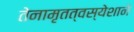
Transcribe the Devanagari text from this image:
तेनामृतत्वस्येशाने